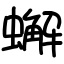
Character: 蠏